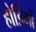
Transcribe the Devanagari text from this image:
होर्डिगों